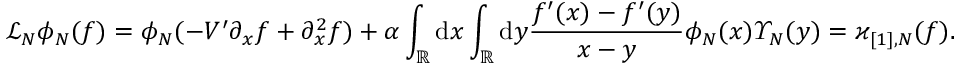
\mathcal { L } _ { N } \phi _ { N } ( f ) = \phi _ { N } ( - V ^ { \prime } \partial _ { x } f + \partial _ { x } ^ { 2 } f ) + \alpha \int _ { \mathbb { R } } \mathrm { d } x \int _ { \mathbb { R } } \mathrm { d } y \frac { f ^ { \prime } ( x ) - f ^ { \prime } ( y ) } { x - y } \phi _ { N } ( x ) \varUpsilon _ { N } ( y ) = \varkappa _ { [ 1 ] , N } ( f ) .